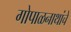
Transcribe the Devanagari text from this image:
गोपाळनाथांचे